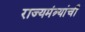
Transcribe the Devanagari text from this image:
राज्यमंत्र्यांची